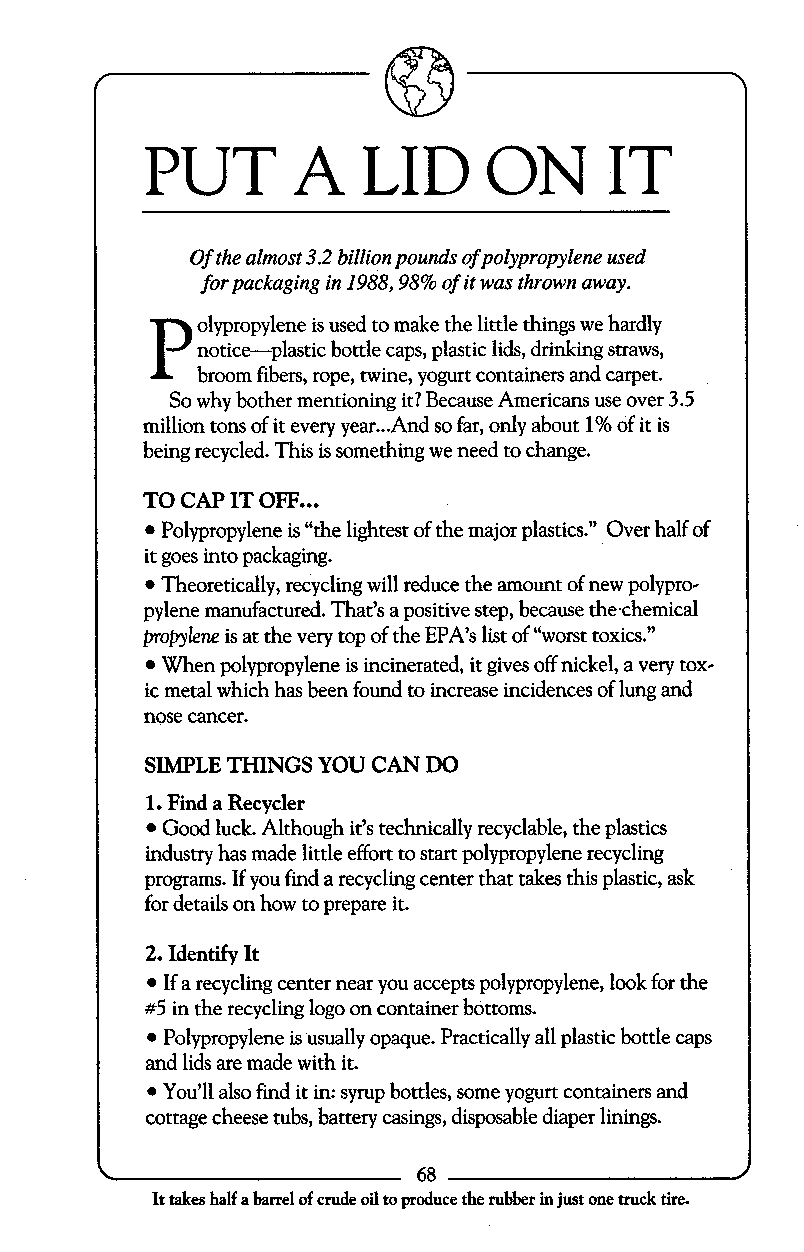
PUT      A    LID     ON      IT
 Of the almost 3.2 billion pounds of polypropylene used
 for packaging in 1988,98% of it was thrown away.
 P,
 olypropylene is used to make the little things we hardly
 notice-plastic bottle caps, plastic lids, drinking straws,
 broom fibers, rope, twine, yogurt containers and carpet.
 So why bother mentioning it? Because Americans use over 3.5
 ...
 million tons of it every year And so far, only about 1% of it is
 being recycled. This is something we need to change.
 TO CAP IT OFF...
 Polypropylene is “the lightest of the major plastics.” Over half of
 it goes into packaging.
 Theoretically, recycling will reduce the amount of new polypro-
 pylene manufactured. That’s a positive step, because thechemical
 propylene is at the very top of the EPA’s list of “worst toxics.”
 When polypropylene is incinerated, it gives off nickel, a very tox-
 ic metal which has been found to increase incidences of lung and
 nose cancer.
 SIMPLE THINGS YOU CAN DO
 1. Find a Recycler
 Good luck. Although it’s technically recyclable, the plastics
 industry has made little effort to start polypropylene recycling
 programs. If you find a recycling center that takes this plastic, ask
 for details on how to prepare it.
 2. Identify It
 If a recycling center near you accepts polypropylene, look for the
 #5 in the recycling logo on container bottoms.
 Polypropylene is usually opaque. Practically all plastic bottle caps
 and lids are made with it.
 You’ll also find it in: syrup bottles, some yogurt containers and
 cottage cheese tubs, battery casings, disposable diaper linings.
 68
 It takes half a barrel of crude oil to produce the rubber in just one truck tire.